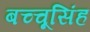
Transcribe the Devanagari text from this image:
बच्चूसिंह